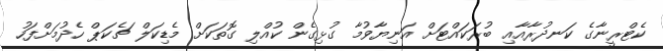
ކެޓްރީނާގެ ކަނދުރާއާއި ބުރަކައްޓަށް އަނިޔާވުމާ ގުޅިގެން ކުއްލި ގޮތަކަށް މެޑިކަލް ޗެކަޕް ހެދުމަށްފަހު